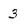
Character: 3